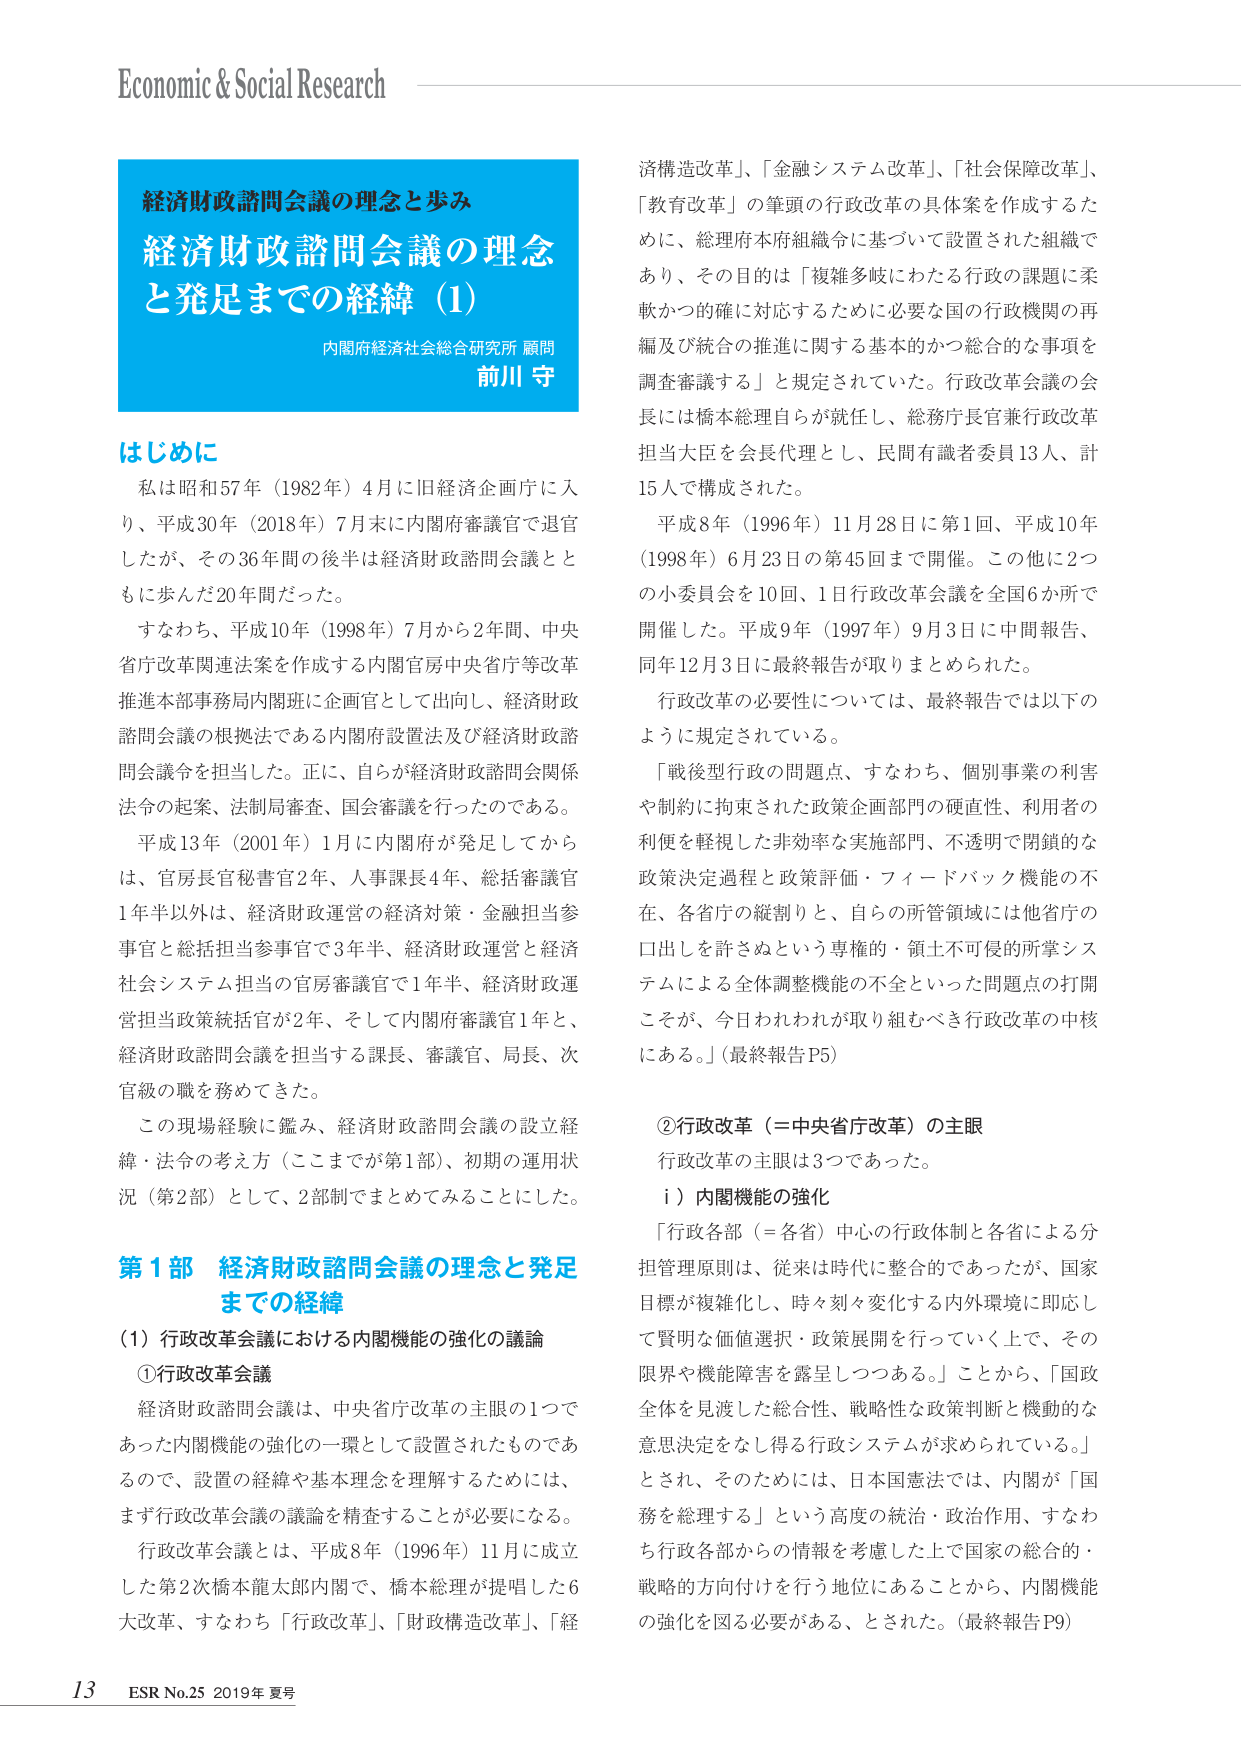
Economic & Social Research

経済財政諮問会議の理念と歩み
経済財政諮問会議の理念
と発足までの経緯（1）
内閣府経済社会総合研究所 顧問
前川 守

はじめに
私は昭和57年（1982年）4月に旧経済企画庁に入り、平成30年（2018年）7月末に内閣府審議官で退官したが、その36年間の後半は経済財政諮問会議とともに歩んだ20年間だった。
すなわち、平成10年（1998年）7月から2年間、中央省庁改革関連法案を作成する内閣官房中央省庁等改革推進本部事務局内閣班に企画官として出向し、経済財政諮問会議の根拠法である内閣府設置法及び経済財政諮問会議令を担当した。正に、自らが経済財政諮問会関係法令の起案、法制局審査、国会審議を行ったのである。
平成13年（2001年）1月に内閣府が発足してからは、官房長官秘書官2年、人事課長4年、総括審議官1年半以外は、経済財政運営の経済対策・金融担当参事官と総括担当参事官で3年半、経済財政運営と経済社会システム担当の官房審議官で1年半、経済財政運営担当政策統括官が2年、そして内閣府審議官1年と、経済財政諮問会議を担当する課長、審議官、局長、次官級の職を務めてきた。
この現場経験に鑑み、経済財政諮問会議の設立経緯・法令の考え方（ここまでが第1部）、初期の運用状況（第2部）として、2部制でまとめてみることにした。

第1部 経済財政諮問会議の理念と発足までの経緯
（1）行政改革会議における内閣機能の強化の議論
①行政改革会議
経済財政諮問会議は、中央省庁改革の主眼の1つであった内閣機能の強化の一環として設置されたものであるので、設置の経緯や基本理念を理解するためには、まず行政改革会議の議論を精査することが必要になる。
行政改革会議とは、平成8年（1996年）11月に成立した第2次橋本龍太郎内閣で、橋本総理が提唱した6大改革、すなわち「行政改革」、「財政構造改革」、「経

済構造改革」、「金融システム改革」、「社会保障改革」、「教育改革」の筆頭の行政改革の具体案を作成するために、総理府本府組織令に基づいて設置された組織であり、その目的は「複雑多岐にわたる行政の課題に柔軟かつ的確に対応するために必要な国の行政機関の再編及び統合の推進に関する基本的かつ総合的な事項を調査審議する」と規定されていた。行政改革会議の会長には橋本総理自らが就任し、総務庁長官兼行政改革担当大臣を会長代理とし、民間有識者委員13人、計15人で構成された。
平成8年（1996年）11月28日に第1回、平成10年（1998年）6月23日の第45回まで開催。この他に2つの小委員会を10回、1日行政改革会議を全国6か所で開催した。平成9年（1997年）9月3日に中間報告、同年12月3日に最終報告が取りまとめられた。
行政改革の必要性については、最終報告では以下のように規定されている。
「戦後型行政の問題点、すなわち、個別事業の利害や制約に拘束された政策企画部門の硬直性、利用者の利便を軽視した非効率な実施部門、不透明で閉鎖的な政策決定過程と政策評価・フィードバック機能の不在、各省庁の縦割りと、自らの所管領域には他省庁の口出しを許さぬという専権的・領土不可侵的所掌システムによる全体調整機能の不全といった問題点の打開こそが、今日われわれが取り組むべき行政改革の中核にある。」（最終報告P5）

②行政改革（＝中央省庁改革）の主眼
行政改革の主眼は3つであった。
i）内閣機能の強化
「行政各部（＝各省）中心の行政体制と各省による分担管理原則は、従来は時代に整合的であったが、国家目標が複雑化し、時々刻々変化する内外環境に即応して賢明な価値選択・政策展開を行っていく上で、その限界や機能障害を露呈しつつある。」ことから、「国政全体を見渡した総合性、戦略的な政策判断と機動的な意思決定をなし得る行政システムが求められている。」とされ、そのためには、日本国憲法では、内閣が「国務を総理する」という高度の統治・政治作用、すなわち行政各部からの情報を考慮した上で国家の総合的・戦略的方向付けを行う地位にあることから、内閣機能の強化を図る必要がある、とされた。（最終報告P9）

13 ESR No.25 2019年 夏号